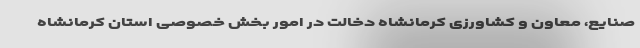
صنایع، معاون و کشاورزی کرمانشاه دخالت در امور بخش خصوصی استان کرمانشاه